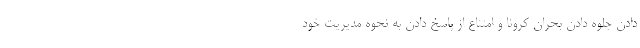
دادن جلوه دادن بحران کرونا و امتناع از پاسخ دادن به نحوه مدیریت خود